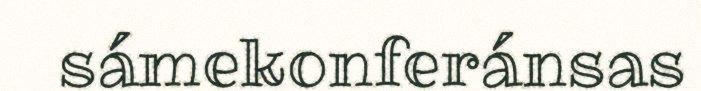
sámekonferánsas